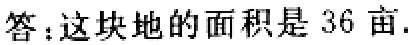
答：这块地的面积是 36 亩.